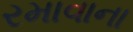
રમાવાના